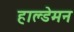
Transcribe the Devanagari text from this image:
हाल्डेमन